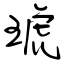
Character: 琥